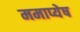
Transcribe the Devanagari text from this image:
ममाप्येष